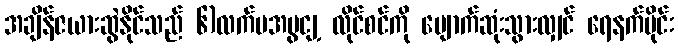
အချိန်ဇယားဆွဲနိုင်သည် ၆)လက်မအမွငျ့ လိုင်စင်ကို ပျောက်ဆုံးသွားလျှင် ရေနက်ပိုင်း